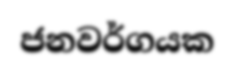
ජනවර්ගයක